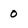
Character: 0